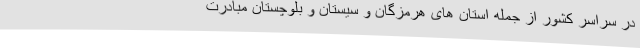
در سراسر کشور از جمله استان های هرمزگان و سیستان و بلوچستان مبادرت